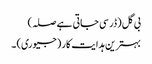
بی گل (ڈر سی جاتی ہے صلہ)
بہترین ہدایت کار (جیوری) ۔